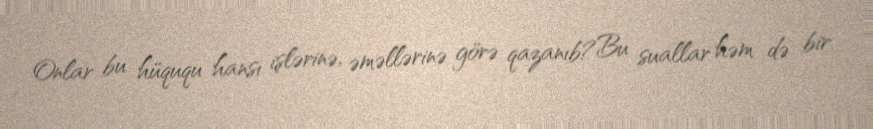
Onlar bu hüququ hansı işlərinə, əməllərinə görə qazanıb?Bu suallar həm də bir